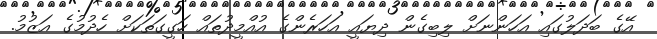
އޭގެ ބަދަލުގައި އަހަންނަށް ލިބިގެން ދިޔައީ އަހަރެންގެ އުއްމީދުތައް ހަގީގަތަކަށް ހެދުމުގެ އަޒުމު.